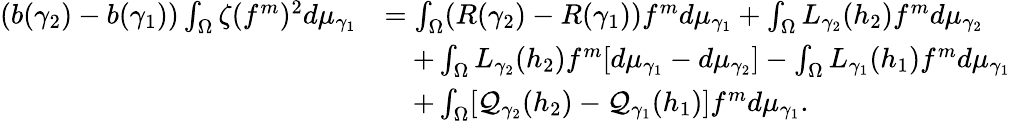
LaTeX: \begin{array}{rl}{(b(\gamma_{2})-b(\gamma_{1}))\int_{\Omega}\zeta(f^{m})^{2}d\mu_{\gamma_{1}}}&{=\int_{\Omega}(R(\gamma_{2})-R(\gamma_{1}))f^{m}d\mu_{\gamma_{1}}+\int_{\Omega}L_{\gamma_{2}}(h_{2})f^{m}d\mu_{\gamma_{2}}}\\ &{\quad+\int_{\Omega}L_{\gamma_{2}}(h_{2})f^{m}[d\mu_{\gamma_{1}}-d\mu_{\gamma_{2}}]-\int_{\Omega}L_{\gamma_{1}}(h_{1})f^{m}d\mu_{\gamma_{1}}}\\ &{\quad+\int_{\Omega}[\mathcal Q_{\gamma_{2}}(h_{2})-\mathcal Q_{\gamma_{1}}(h_{1})]f^{m}d\mu_{\gamma_{1}}.}\end{array}